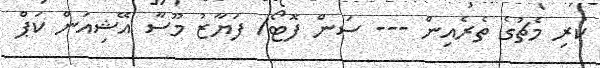
ކުރި މެޗުގެ ތެރެއިން --- ސަން ފޮޓޯ/ ފަޔާޒު މޫސާ އޭޝިއަން ކަޕް